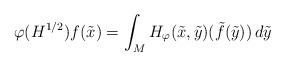
LaTeX: \begin{align*}\varphi(H^{1/2})f(\tilde{x}) = \int_{M} H_\varphi(\tilde{x},\tilde{y})(\tilde{f}(\tilde{y}))\, d\tilde{y}\end{align*}